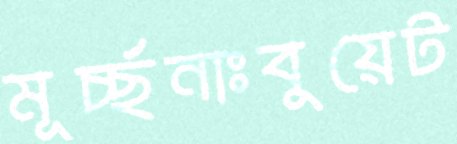
মূর্চ্ছনাঃবুয়েট